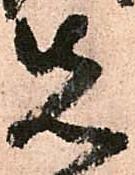
先